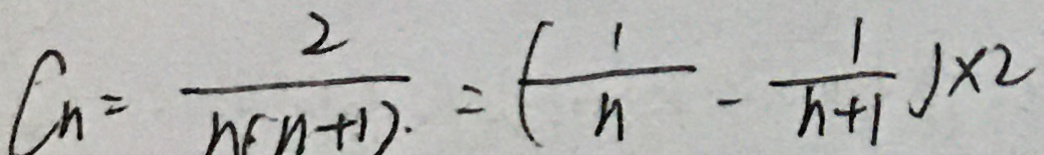
C _ { n } = \frac { 2 } { n ( n + 1 ) . } = ( \frac { 1 } { n } - \frac { 1 } { n + 1 } ) \times 2